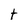
Character: t